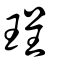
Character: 珵